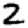
Digit: 2